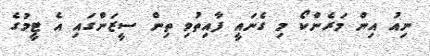
ނިއު އިން މަރެންކޯ މި ގެނައީ ފާއިތުވި ތިން ސީޒަންގައި އެ ޓީމުގެ